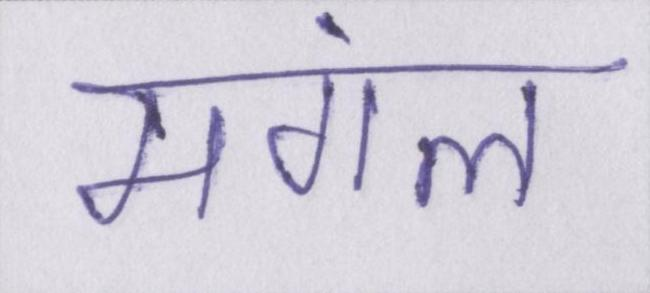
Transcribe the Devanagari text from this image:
मंगल